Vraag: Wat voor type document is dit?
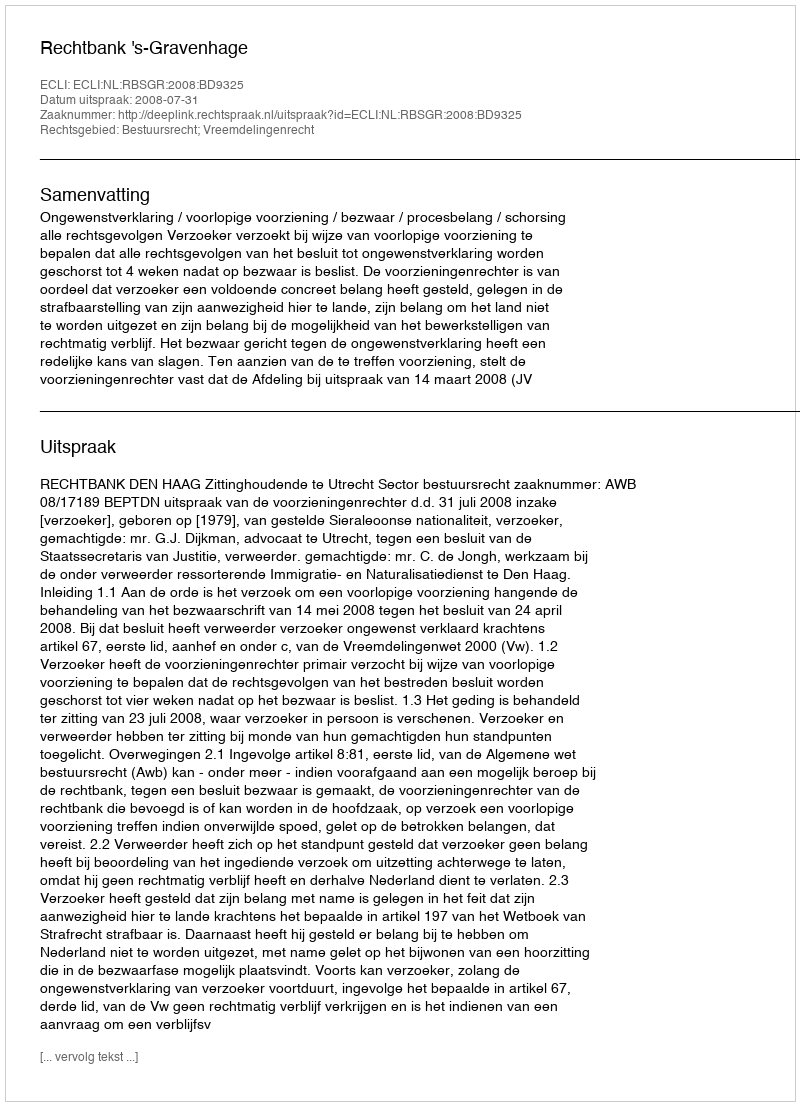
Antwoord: Uitspraak